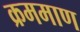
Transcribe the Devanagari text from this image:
क्रममाण